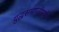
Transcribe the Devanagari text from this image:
युद्धसमाप्तीपर्यंत